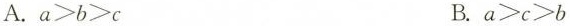
A.$$a > b > c$$ B.$$a > c > b$$